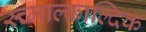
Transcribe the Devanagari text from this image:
स्च्माल्काल्दिक